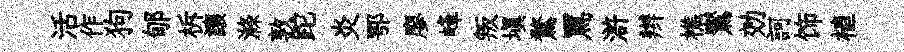
活作狗郇柝讓滌敦跎炎鄂廖峰叛塡鶩罵滸辫樵鸑効訶饰植